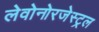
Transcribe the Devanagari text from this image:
लेवोनोरजेस्ट्रल